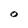
Character: O